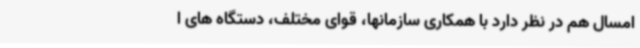
امسال هم در نظر دارد با همکاری سازمانها، قوای مختلف، دستگاه های ا